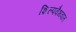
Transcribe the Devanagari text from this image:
शिल्पवैभवात